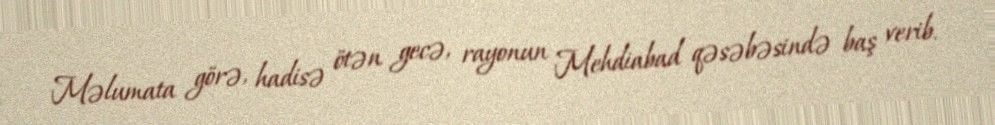
Məlumata görə, hadisə ötən gecə, rayonun Mehdiabad qəsəbəsində baş verib.